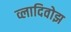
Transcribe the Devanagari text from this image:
व्लादिवोझ